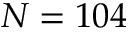
N = 1 0 4